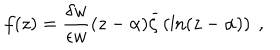
f ( z ) = \frac { \delta w } { \epsilon w } ( z - \alpha ) \bar { \zeta } \left( \ln ( z - \alpha ) \right) \ ,